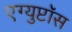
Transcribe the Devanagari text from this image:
एग्युप्टॉस